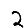
Digit: 2